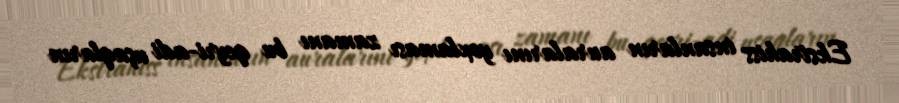
Ekstrahiss insanların auralarını yoxlaması zamanı bu qeyri-adi uşaqların